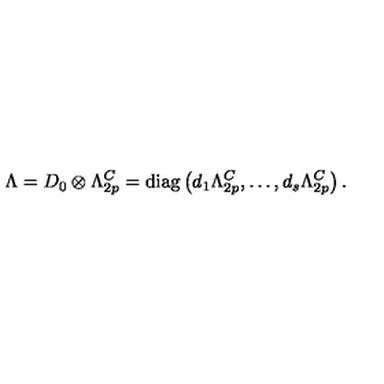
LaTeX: \Lambda = D _ { 0 } \otimes \Lambda _ { 2 p } ^ { C } = \mathrm { d i a g } \left( d _ { 1 } \Lambda _ { 2 p } ^ { C } , \ldots , d _ { s } \Lambda _ { 2 p } ^ { C } \right) .